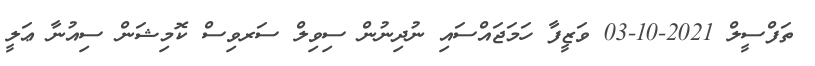
ތަފްސީލް 2021-10-03 ވަޒީފާ ހަމަޖައްސައި ނުދިނުން ސިވިލް ސަރވިސް ކޮމިޝަން ސިއުނާ ޢަލީ